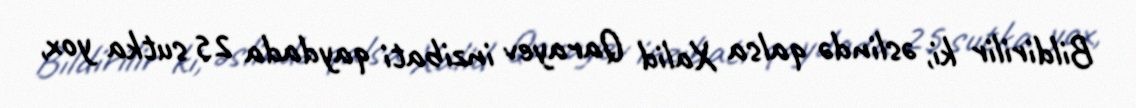
Bildirilir ki, əslində qalsa Xalid Qarayev inzibati qaydada 25 sutka yox,